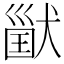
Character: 𤠪